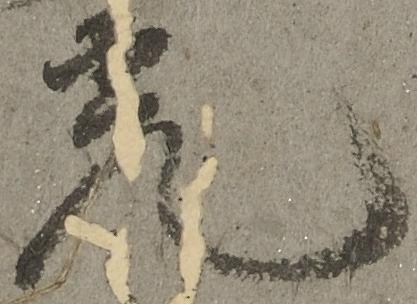
光